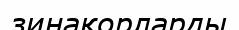
зинақорларды